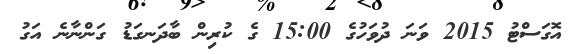
އޮގަސްޓު 2015 ވަނަ ދުވަހުގެ 15:00 ގެ ކުރިން ބާދަނގަޑު ގަންނާނެ އަގު